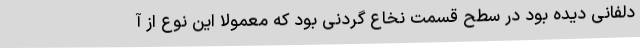
دلفانی دیده بود در سطح قسمت نخاع گردنی بود که معمولا این نوع از آ